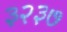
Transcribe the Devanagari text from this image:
३२३७